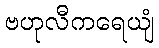
ဗဟုလီကရေယျံ